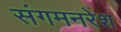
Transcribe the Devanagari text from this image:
संगमनरेश